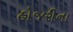
હોજરીના